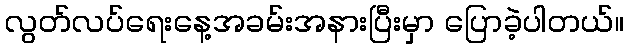
လွတ်လပ်ရေးနေ့အခမ်းအနားပြီးမှာ ပြောခဲ့ပါတယ်။